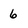
Character: 6